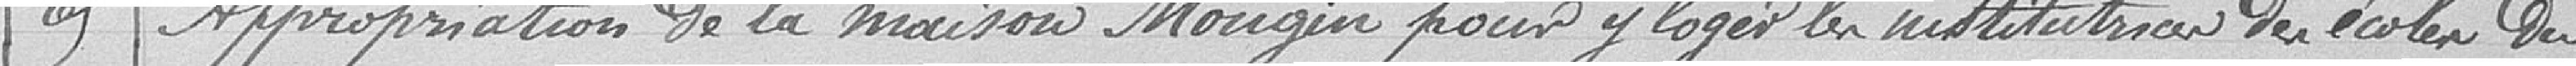
65 / Appropriation de la maison Mougin pour y loger les institutrices des écoles du